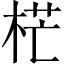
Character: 𣒣